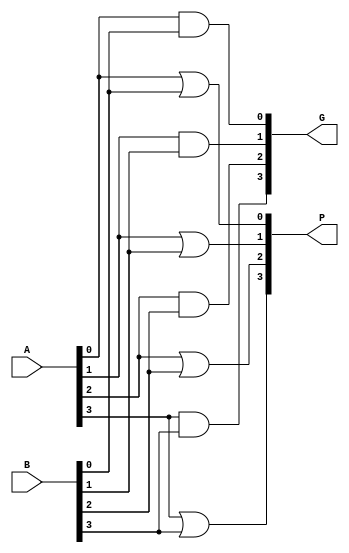
`timescale 1ns / 1ps
//////////////////////////////////////////////////////////////////////////////////
// Company: 
// Engineer: 
// 
// Design Name: 
// Module Name:    PG_Block_1 
// Project Name: 
// Target Devices: 
// Tool versions: 
// Description: 
//
// Dependencies: 
//
// Revision: 
// Revision 0.01 - File Created
// Additional Comments: 
//
//////////////////////////////////////////////////////////////////////////////////
module PG_Block(
    input [3:0] A,
    input [3:0] B,
    output [3:0] P,
    output [3:0] G
    );
	 
	 //pi = ai + bi
	 assign P[0] = A[0] | B[0];
	 assign P[1] = A[1] | B[1];
	 assign P[2] = A[2] | B[2];
	 assign P[3] = A[3] | B[3];
	 
	 //gi = ai * bi
	 assign G[0] = A[0] & B[0];
	 assign G[1] = A[1] & B[1];
	 assign G[2] = A[2] & B[2];
	 assign G[3] = A[3] & B[3];

endmodule